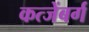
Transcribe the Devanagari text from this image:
कत्जेंबर्ग